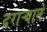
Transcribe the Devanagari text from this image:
दराऱ्याने